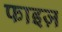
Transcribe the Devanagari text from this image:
फाइज़